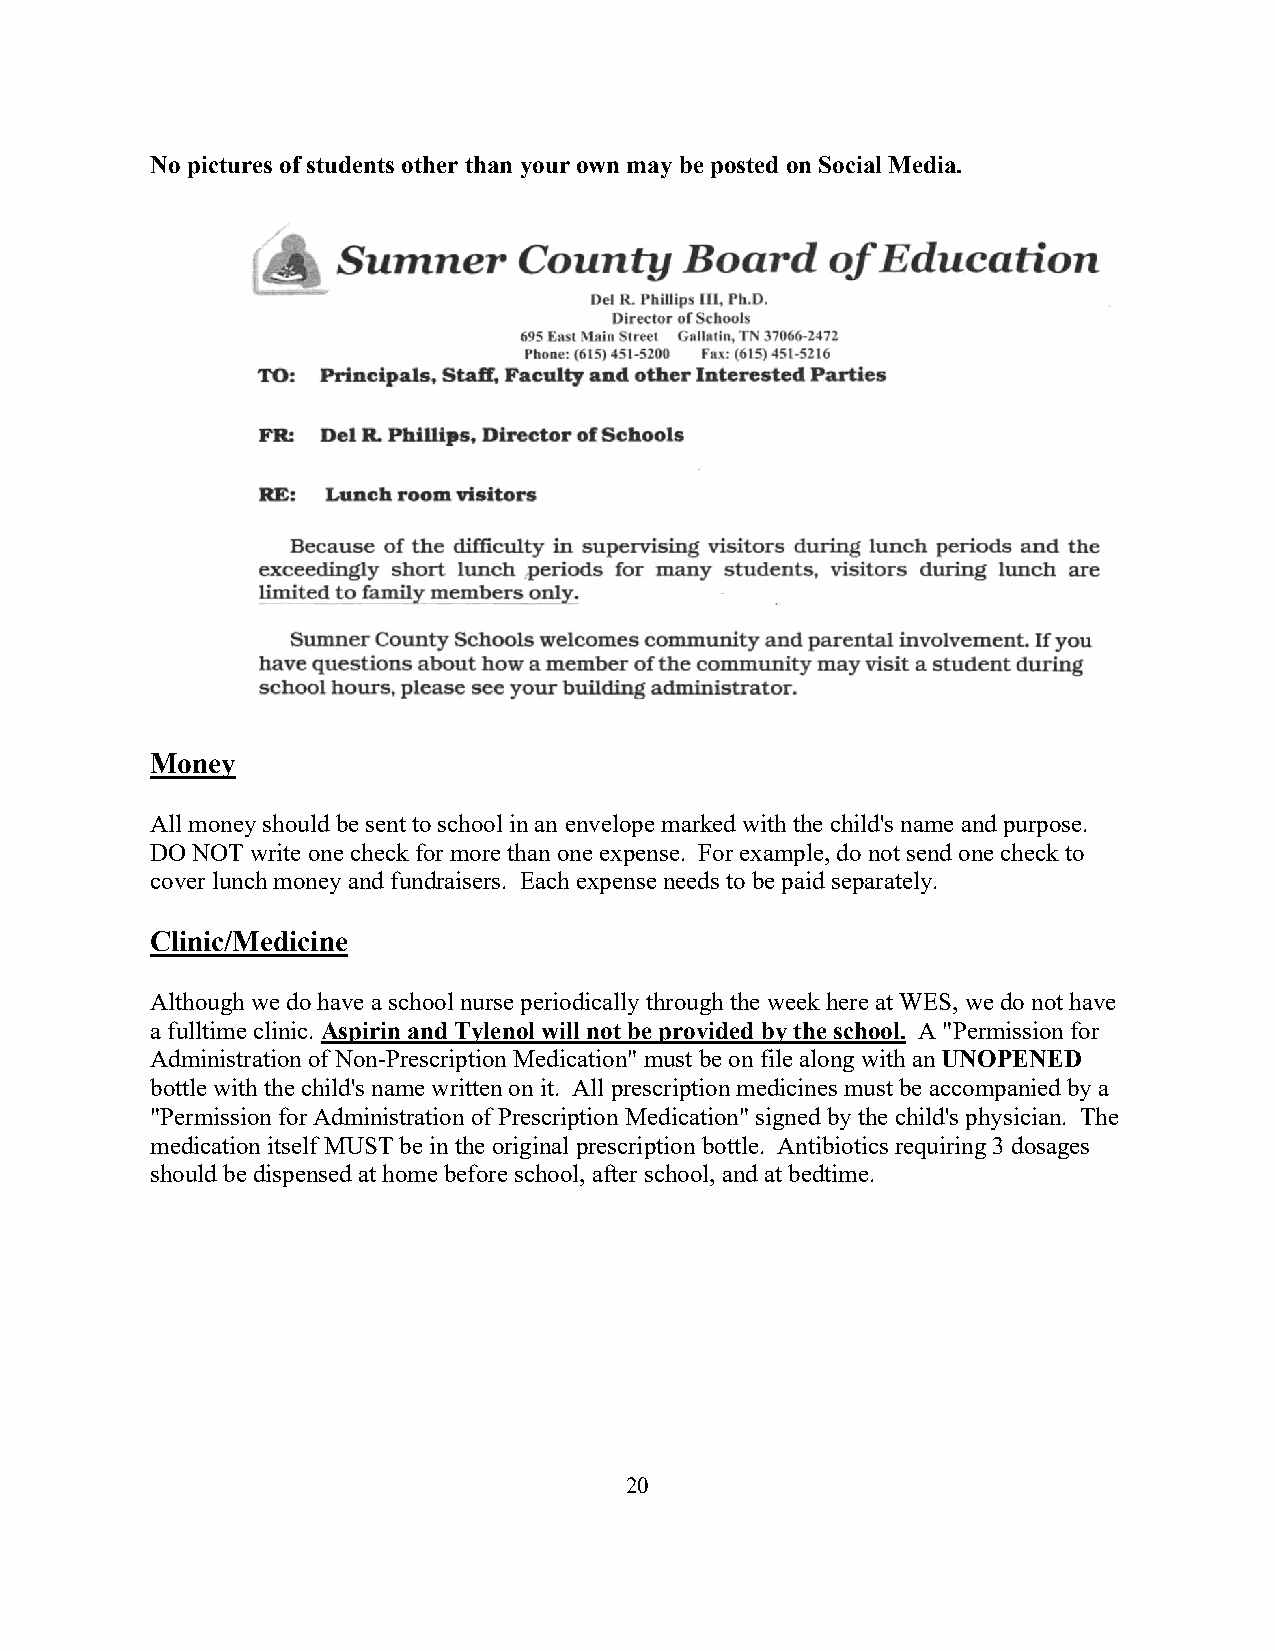
No pictures of students other than your own may be posted on Social Media.
 Money
 All money should be sent to school in an envelope marked with the child's name and purpose.
 DO NOT write one check for more than one expense. For example, do not send one check to
 cover lunch money and fundraisers. Each expense needs to be paid separately.
 Clinic/Medicine
 Although we do have a school nurse periodically through the week here at WES, we do not have
 a fulltime clinic. Aspirin and Tylenol will not be provided by the school. A "Permission for
 Administration of Non-Prescription Medication" must be on file along with an UNOPENED
 bottle with the child's name written on it. All prescription medicines must be accompanied by a
 "Permission for Administration of Prescription Medication" signed by the child's physician. The
 medication itself MUST be in the original prescription bottle. Antibiotics requiring 3 dosages
 should be dispensed at home before school, after school, and at bedtime.
 20